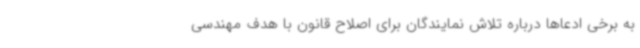
به برخی ادعاها درباره تلاش نمایندگان برای اصلاح قانون با هدف مهندسی